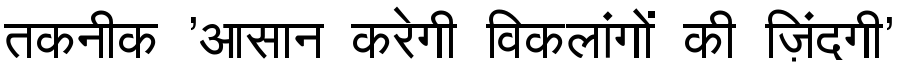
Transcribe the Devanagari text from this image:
तकनीक 'आसान करेगी विकलांगों की ज़िंदगी'